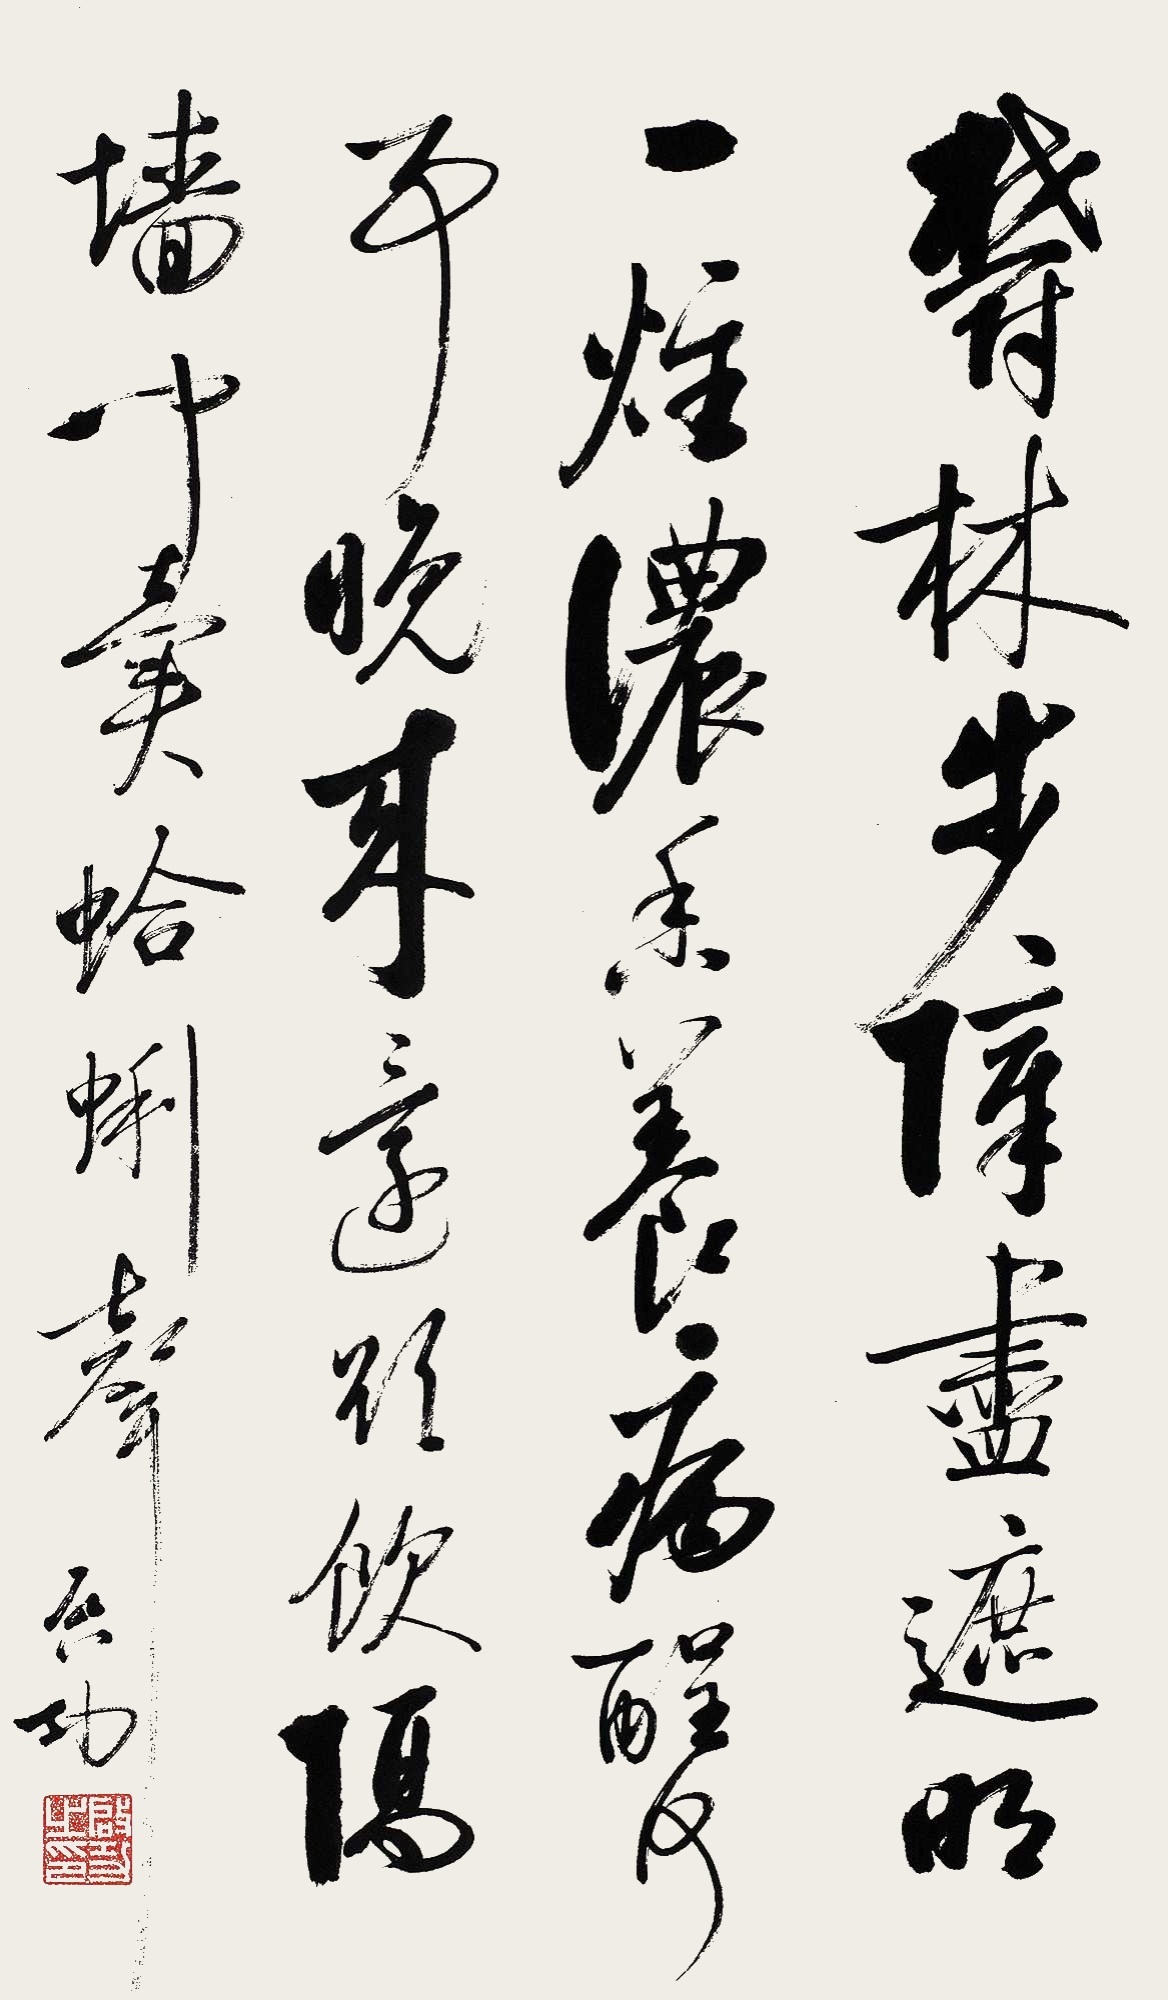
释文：郁林步障尽遮明，一炷浓香养病酲。何事晚来还欲饮，隔墙闻卖蛤蜊声。启功。